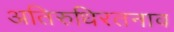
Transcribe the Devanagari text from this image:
अतिरुधिरतनाव